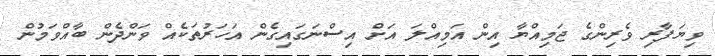
ވިޔަފާރި ވެރިންގެ ޖަމިއްޔާ އިން އަމިއްލަ އަށް އިސްނަގައިގެން އަހަރުތަކެއް ވަންދެން ބާއްވަމުން